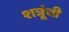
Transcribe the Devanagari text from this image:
शत्रूंची